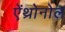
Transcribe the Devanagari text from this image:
ऐंथ्रोनोल